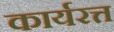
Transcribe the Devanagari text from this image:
कार्यरत्त